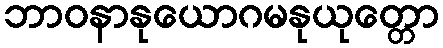
ဘာဝနာနုယောဂမနုယုတ္တော